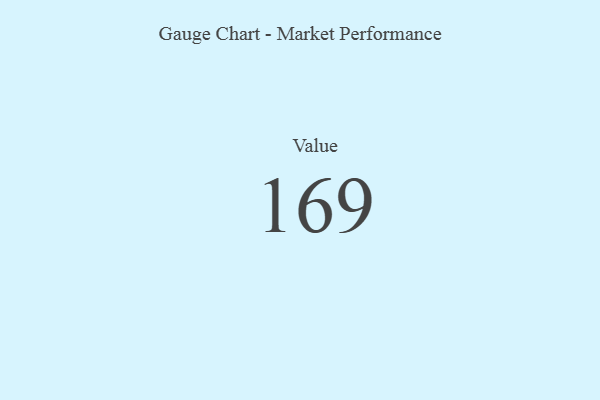
{"axis": {"x": "Metric", "y": "Value"}, "legend": [""], "data": [{"x": "Value", "y": 169, "type": ""}]}